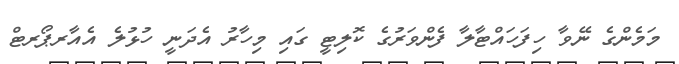
މަމެންގެ ނޭވާ ހިފަހައްޓާލާ ފެންވަރުގެ ކޮލިޓީ ގައި މިހާރު އެދަނީ ހުޅުލެ އެއާރޕޯރޓް